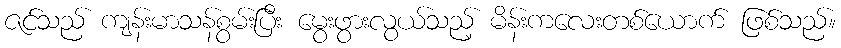
ဇင်သည် ကျန်းမာသန်စွမ်းပြီး မွေးဖွားလွယ်သည့် မိန်းကလေးတစ်ယောက် ဖြစ်သည်။